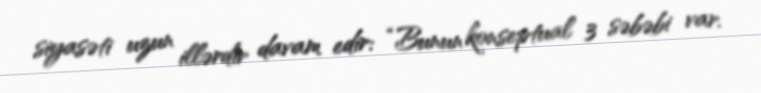
siyasəti uzun illərdir davam edir: “Bunun konseptual 3 səbəbi var.